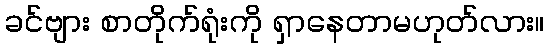
ခင်ဗျား စာတိုက်ရုံးကို ရှာနေတာမဟုတ်လား။